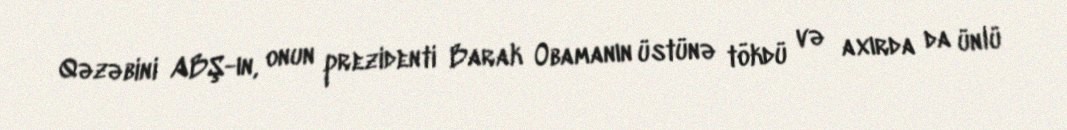
Qəzəbini ABŞ-ın, onun prezidenti Barak Obamanın üstünə tökdü və axırda da ünlü